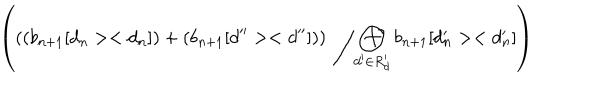
LaTeX: \left( \left( \left( b _ { n + 1 } [ d _ { n } > < d _ { n } ] \right) + \left( b _ { n + 1 } [ d ^ { \prime \prime } > < d ^ { \prime \prime } ] \right) \right) \; \left/ \bigoplus _ { d ^ { \prime } \in R _ { d } ^ { \prime } } b _ { n + 1 } [ d _ { n } ^ { \prime } > < d _ { n } ^ { \prime } ] \right. \right)